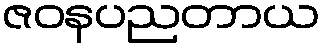
ဇဝနပညတာယ